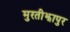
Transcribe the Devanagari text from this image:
मुरतीझापुर